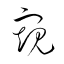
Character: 窺